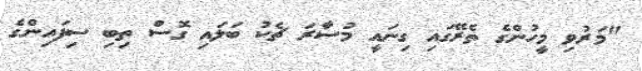
"މަރުވި މީހުންގެ ތެރޭގައި ގިނައީ މުސާރަ ޗެކު ބަލައި ގޮސް ތިބި ސިފައިންގެ